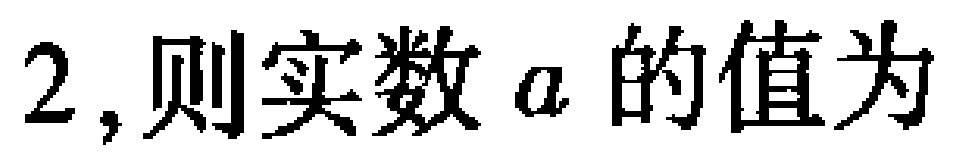
$2,则实数a的值为$